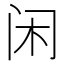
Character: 闲